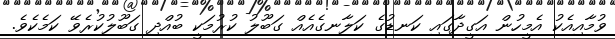
ވުމާއިއެކު އެމީހުން އަގީދާގައި ކަނޑުގެ ކަލާނގެއެއް ގަބޫލު ކުރުމަކީ ބުއްދި ގަބޫލުކުރެވޭ ކަމެެކެވެ.